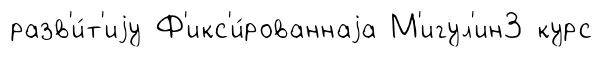
разв'и́т'иjу Ф'икс'и́рованнаjа М'игул'ин3 курс